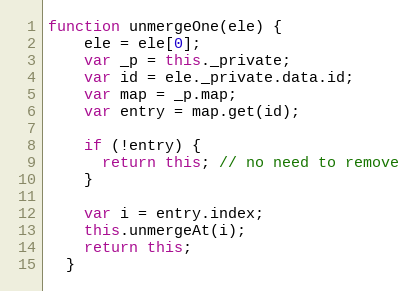
Language: JavaScript
function unmergeOne(ele) {
    ele = ele[0];
    var _p = this._private;
    var id = ele._private.data.id;
    var map = _p.map;
    var entry = map.get(id);

    if (!entry) {
      return this; // no need to remove
    }

    var i = entry.index;
    this.unmergeAt(i);
    return this;
  }